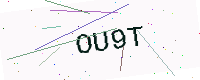
Text: OU9T